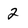
Character: 2